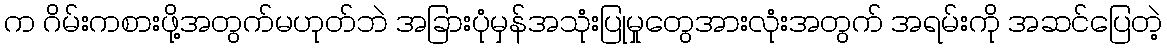
က ဂိမ်းကစားဖို့အတွက်မဟုတ်ဘဲ အခြားပုံမှန်အသုံးပြုမှုတွေအားလုံးအတွက် အရမ်းကို အဆင်ပြေတဲ့